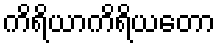
ကိရိယာကိရိယတော